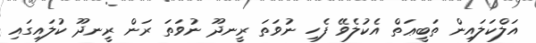
އަލްކަލައިން ތަބީޢަތް އެކުލެވޭ ފެހި ނުވަތަ ރީނދޫ ނުވަތަ ރަން ރީނދޫ ކުލައިގައި